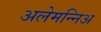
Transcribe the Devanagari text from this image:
अलेमन्निअ